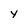
Character: Y